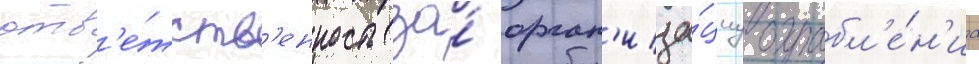
отв'е́тств'енность за́ орган'иза́циу ограбл'е́н'иа